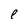
Character: e